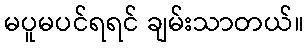
မပူမပင်ရရင် ချမ်းသာတယ်။